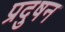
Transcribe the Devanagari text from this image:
प्रदुषन